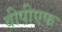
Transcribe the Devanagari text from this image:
वीपीएफ